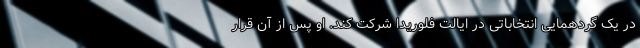
در یک گردهمایی انتخاباتی در ایالت فلوریدا شرکت کند. او پس از آن قرار